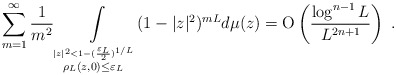
\begin{align*}\sum_{m=1}^\infty\frac 1{m^2} \int\limits_{ \stackrel{|z|^2<1-(\frac{\varepsilon_L}2)^{1/L}}{\rho_L(z,0)\leq \varepsilon_L} } (1-|z|^2)^{mL} d\mu(z) = \textrm{O} \left(\frac{\log^{n-1} L}{L^{2n+1}}\right)\ .\end{align*}